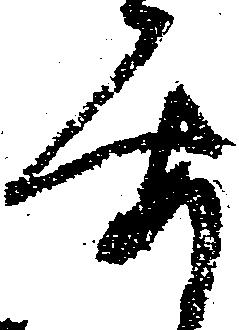
要